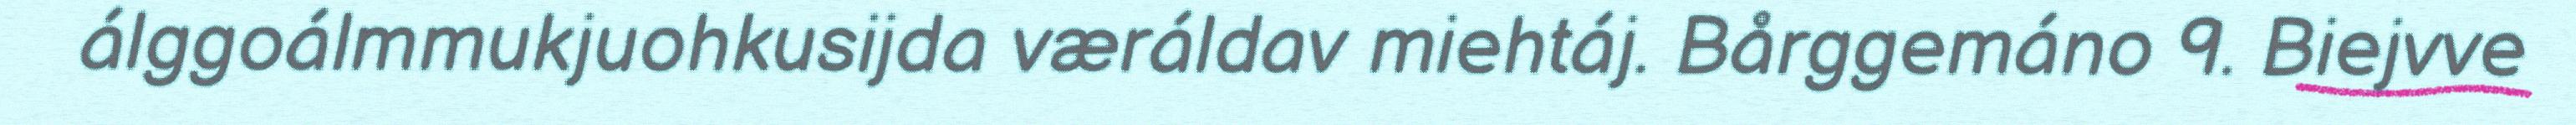
álggoálmmukjuohkusijda væráldav miehtáj. Bårggemáno 9. Biejvve